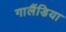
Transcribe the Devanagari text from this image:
गालैंडिया